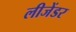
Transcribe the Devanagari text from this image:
लीजेंडर